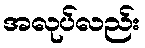
အလုပ်လည်း